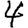
Digit: 4